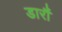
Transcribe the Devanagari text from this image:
डारौं